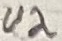
Text: U2